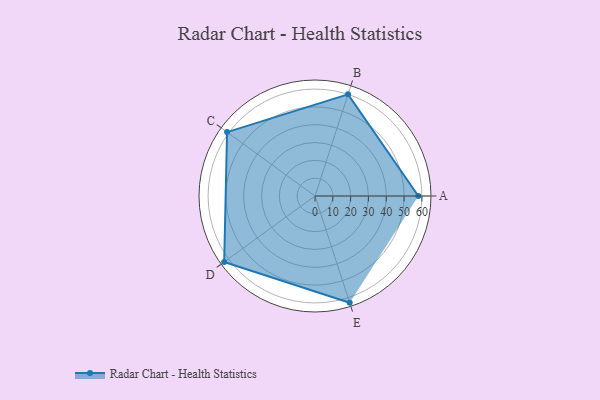
{"axis": {"x": "Skill", "y": "Score"}, "legend": ["Profile"], "data": [{"x": "A", "y": 58.0, "type": "Profile"}, {"x": "B", "y": 60.0, "type": "Profile"}, {"x": "C", "y": 61.0, "type": "Profile"}, {"x": "D", "y": 63.0, "type": "Profile"}, {"x": "E", "y": 63.0, "type": "Profile"}]}